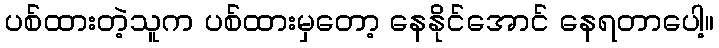
ပစ်ထားတဲ့သူက ပစ်ထားမှတော့ နေနိုင်အောင် နေရတာပေါ့။